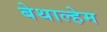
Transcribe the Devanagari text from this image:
बेथाल्हेम